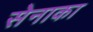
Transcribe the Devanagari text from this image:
सेनाका